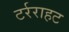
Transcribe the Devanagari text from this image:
टर्रराहट